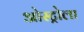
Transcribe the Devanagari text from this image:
ओस्ट्रोला